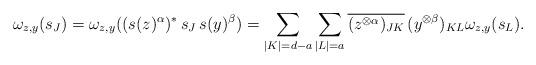
LaTeX: \begin{align*}\omega_{z,y}(s_J)=\omega_{z,y}((s(z)^{\alpha})^*\, s_J\,s(y)^{\beta})=\sum_{|K|=d-a}\sum_{|L|=a}\overline{(z^{\otimes \alpha})_{JK}}\, (y^{\otimes \beta})_{KL}\omega_{z,y}(s_L).\end{align*}